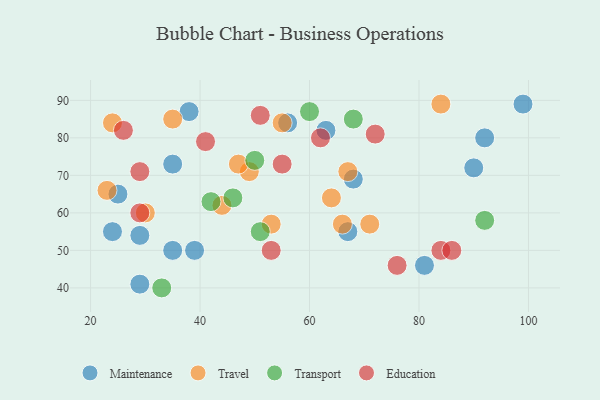
{"axis": {"x": "GDP", "y": "Life Expectancy"}, "legend": ["Education", "Maintenance", "Transport", "Travel"], "data": [{"x": "24", "y": 55, "type": "Maintenance"}, {"x": "35", "y": 50, "type": "Maintenance"}, {"x": "90", "y": 72, "type": "Maintenance"}, {"x": "99", "y": 89, "type": "Maintenance"}, {"x": "38", "y": 87, "type": "Maintenance"}, {"x": "63", "y": 82, "type": "Maintenance"}, {"x": "35", "y": 73, "type": "Maintenance"}, {"x": "29", "y": 54, "type": "Maintenance"}, {"x": "25", "y": 65, "type": "Maintenance"}, {"x": "68", "y": 69, "type": "Maintenance"}, {"x": "29", "y": 41, "type": "Maintenance"}, {"x": "39", "y": 50, "type": "Maintenance"}, {"x": "56", "y": 84, "type": "Maintenance"}, {"x": "81", "y": 46, "type": "Maintenance"}, {"x": "67", "y": 55, "type": "Maintenance"}, {"x": "92", "y": 80, "type": "Maintenance"}, {"x": "30", "y": 60, "type": "Travel"}, {"x": "66", "y": 57, "type": "Travel"}, {"x": "24", "y": 84, "type": "Travel"}, {"x": "23", "y": 66, "type": "Travel"}, {"x": "53", "y": 57, "type": "Travel"}, {"x": "49", "y": 71, "type": "Travel"}, {"x": "44", "y": 62, "type": "Travel"}, {"x": "47", "y": 73, "type": "Travel"}, {"x": "71", "y": 57, "type": "Travel"}, {"x": "55", "y": 84, "type": "Travel"}, {"x": "67", "y": 71, "type": "Travel"}, {"x": "35", "y": 85, "type": "Travel"}, {"x": "64", "y": 64, "type": "Travel"}, {"x": "84", "y": 89, "type": "Travel"}, {"x": "42", "y": 63, "type": "Transport"}, {"x": "60", "y": 87, "type": "Transport"}, {"x": "33", "y": 40, "type": "Transport"}, {"x": "92", "y": 58, "type": "Transport"}, {"x": "46", "y": 64, "type": "Transport"}, {"x": "68", "y": 85, "type": "Transport"}, {"x": "50", "y": 74, "type": "Transport"}, {"x": "51", "y": 55, "type": "Transport"}, {"x": "84", "y": 50, "type": "Education"}, {"x": "76", "y": 46, "type": "Education"}, {"x": "41", "y": 79, "type": "Education"}, {"x": "72", "y": 81, "type": "Education"}, {"x": "53", "y": 50, "type": "Education"}, {"x": "62", "y": 80, "type": "Education"}, {"x": "29", "y": 60, "type": "Education"}, {"x": "55", "y": 73, "type": "Education"}, {"x": "29", "y": 71, "type": "Education"}, {"x": "26", "y": 82, "type": "Education"}, {"x": "51", "y": 86, "type": "Education"}, {"x": "86", "y": 50, "type": "Education"}]}